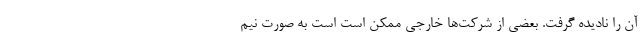
آن را نادیده گرفت. بعضی از شرکت‌ها خارجی ممکن است است به صورت نیم